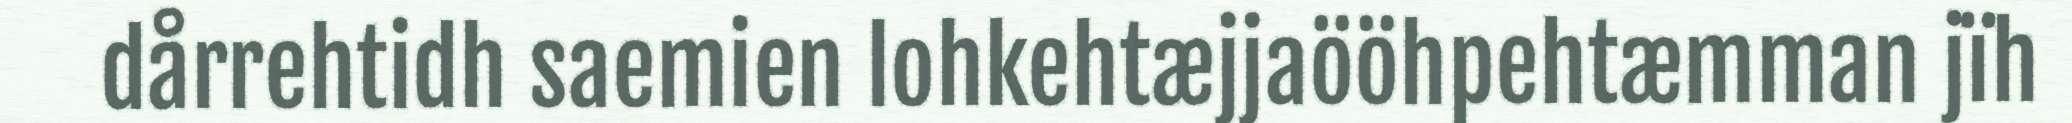
dårrehtidh saemien lohkehtæjjaööhpehtæmman jïh